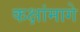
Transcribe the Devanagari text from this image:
कक्षांमागे